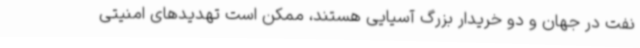
نفت در جهان و دو خریدار بزرگ آسیایی هستند، ممکن است تهدیدهای امنیتی